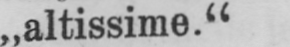
„altissime.“